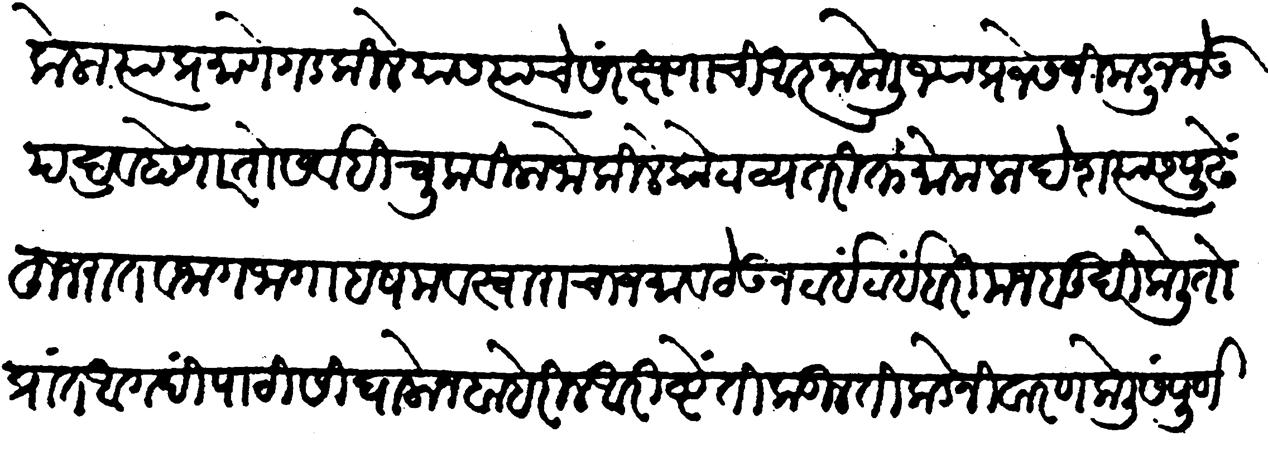
Transliteration (Devanagari): केला त्याप्रमाणे गडकिल्ले यांस त्यांचे संरक्षणाची आज्ञा केली ज्या प्रजेस जिकडून जो उपद्रव होणार तो सर्वहि चुकविला जो किल्ले कोटाव्यतिरिक्त मोकळा देश त्यास पुढे हुजरात व जागजागा हशम व स्वारांचा जमाव ठेवून ठाईंठाईं बरी मजबुदी केली तो प्रांत अगदी पाठीशी घालोन बाहेरील आरिष्टें तिकडील तिकडे निवारण केलीं संपूर्ण